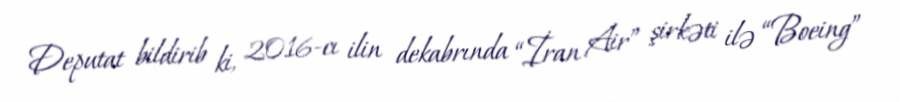
Deputat bildirib ki, 2016-cı ilin dekabrında “İran Air” şirkəti ilə “Boeing”